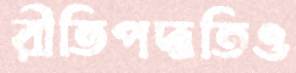
রীতিপদ্ধতিও